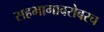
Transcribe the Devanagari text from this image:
सहभागाबरोबरच